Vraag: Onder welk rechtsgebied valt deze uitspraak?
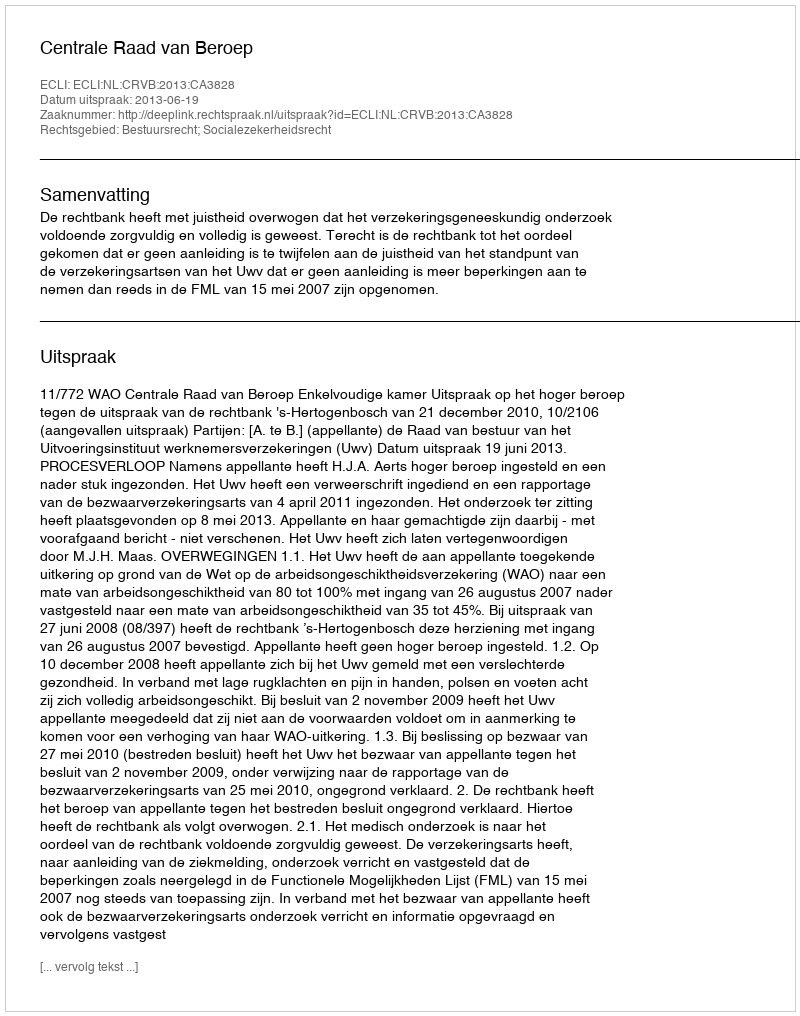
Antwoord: Bestuursrecht; Socialezekerheidsrecht